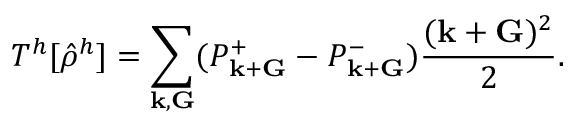
T ^ { h } [ \hat { \rho } ^ { h } ] = \sum _ { { \bf k } , { \bf G } } ( P _ { { \bf k } + { \bf G } } ^ { + } - P _ { { \bf k } + { \bf G } } ^ { - } ) \frac { ( { \bf k } + { \bf G } ) ^ { 2 } } { 2 } .